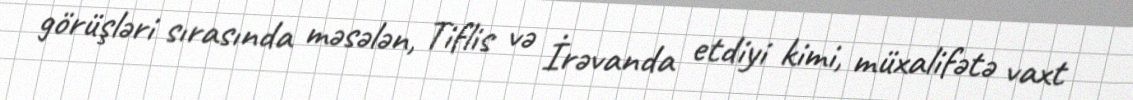
görüşləri sırasında məsələn, Tiflis və İrəvanda etdiyi kimi, müxalifətə vaxt